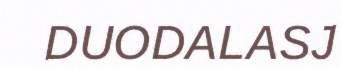
DUODALASJ